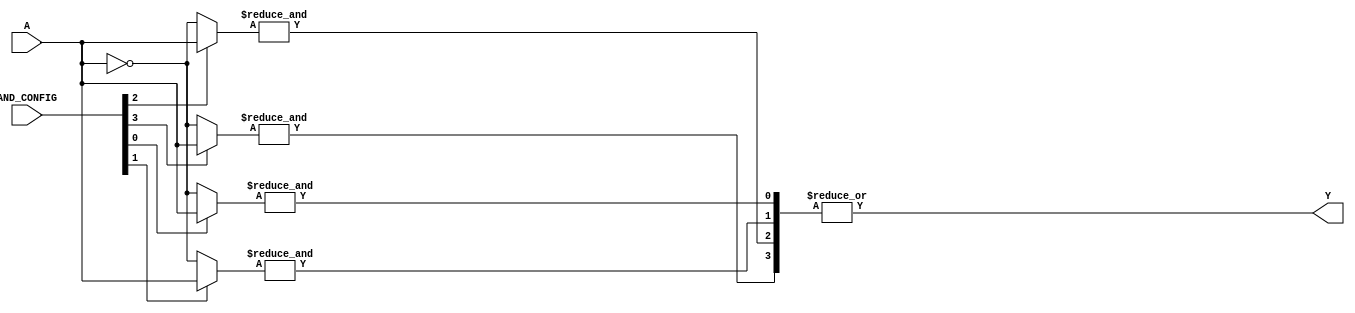
module GPAL #(
    parameter NUM_INPUTS = 4,     // Number of input signals
    parameter NUM_AND_GATES = 4,   // Number of programmable AND gates
    parameter NUM_OUTPUTS = 1      // Number of output signals
)(
    input  wire [NUM_INPUTS-1:0] A, // Input signals
    input  wire [NUM_AND_GATES-1:0] AND_CONFIG, // Configuration for AND gates
    output wire [NUM_OUTPUTS-1:0] Y // Output signals
);

// Internal wires for AND gate outputs
wire [NUM_AND_GATES-1:0] and_out;

// Generate programmable AND gates
genvar i;
generate
    for (i = 0; i < NUM_AND_GATES; i = i + 1) begin : and_gate
        wire [NUM_INPUTS-1:0] and_inputs;
        
        // Configure inputs for each AND gate based on AND_CONFIG
        assign and_inputs = (AND_CONFIG[i] == 1'b1) ? A : ~A; // Example configuration
        
        // AND gate logic
        assign and_out[i] = &and_inputs; // AND operation on configured inputs
    end
endgenerate

// Fixed OR array combining the outputs of the AND gates
assign Y = |and_out; // OR operation on all AND gate outputs

endmodule